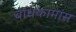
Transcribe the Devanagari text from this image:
बांधकामांस